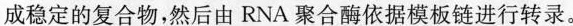
成稳定的复合物，然后由RNA聚合酶依据模版链进行转录。